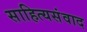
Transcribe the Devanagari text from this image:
साहित्यसंवाद